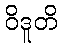
ဝိဒူတိ